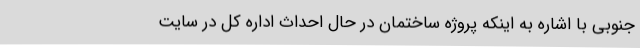
جنوبی با اشاره به اینکه پروژه ساختمان در حال احداث اداره کل در سایت